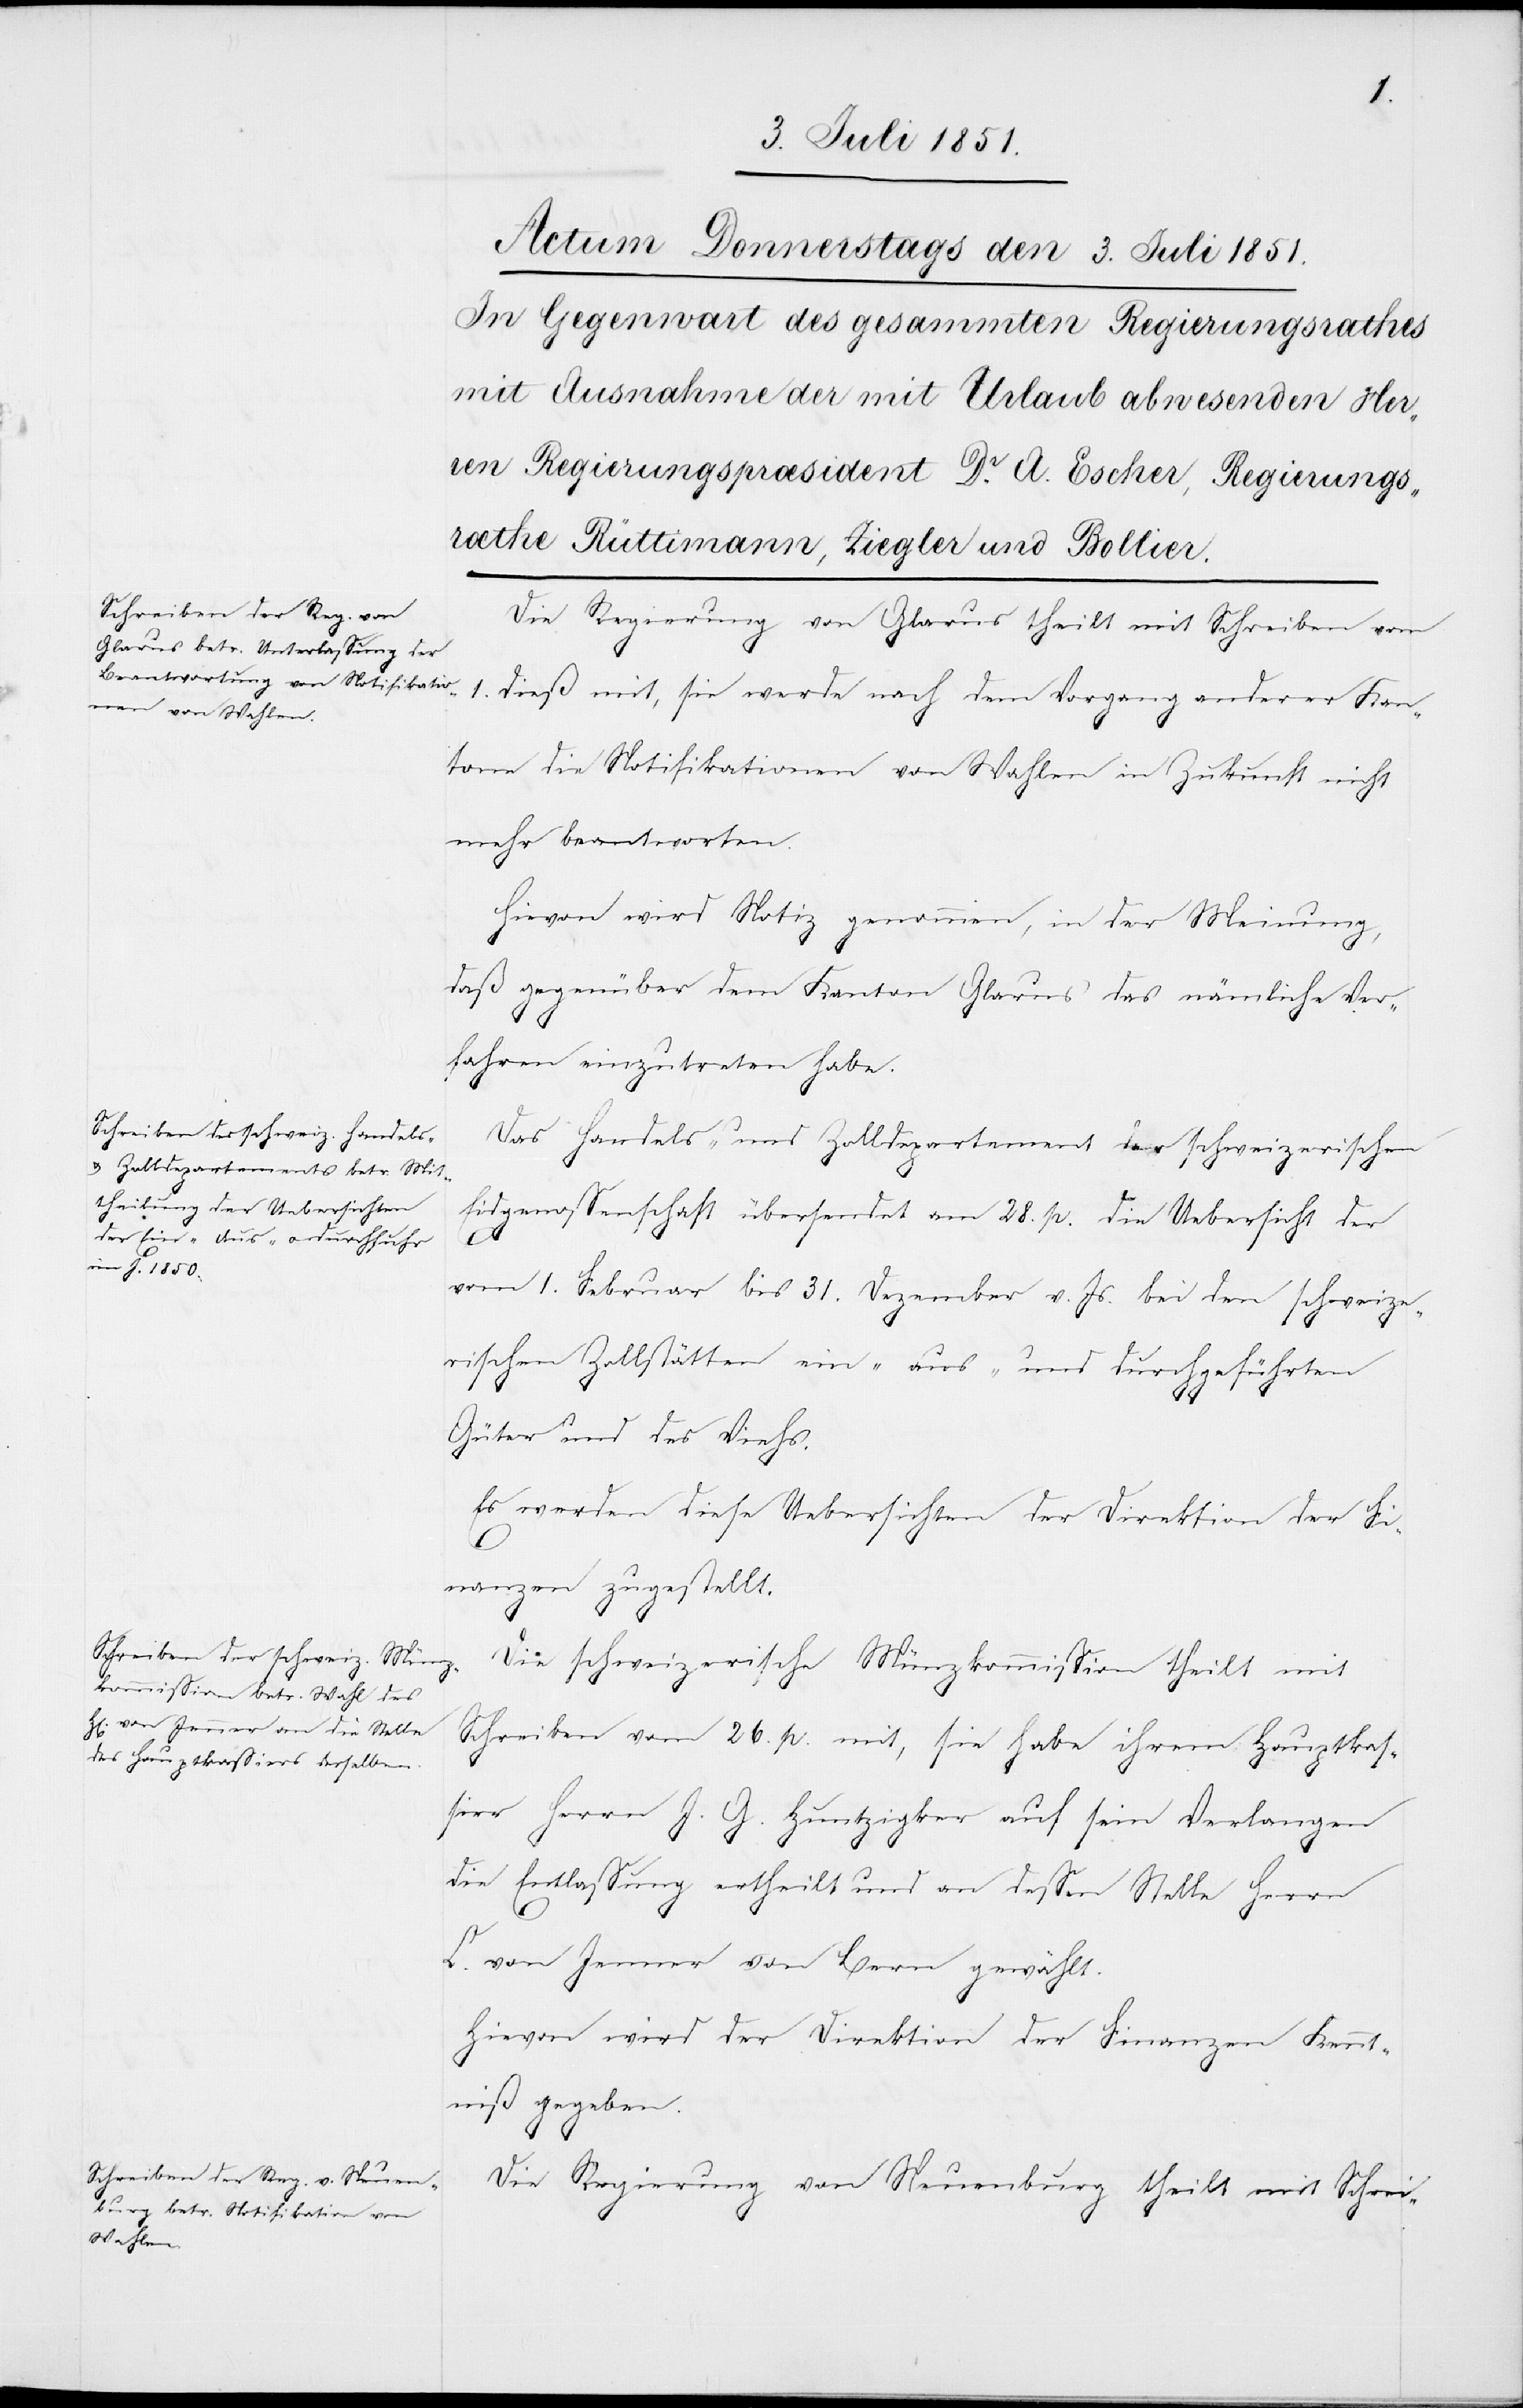
Die Regierung von Glarus theilt mit Schreiben vom
1. dieß mit, sie werde nach dem Vorgang anderer Kan¬
tone die Notifikationen von Wahlen in Zukunft nicht
mehr beantworten.
Hievon wird Notiz genommen, in der Meinung,
daß gegenüber dem Kanton Glarus das nämliche Ver¬
fahren einzutreten habe.
Das Handels- und Zolldepartement der schweizerischen
Eidgenossenschaft übersendet am 28. p. die Uebersicht der
vom 1. Februar bis 31. Dezember v. Js. bei den schweize¬
rischen Zollstätten ein-[,] aus- und durchgeführten
Güter und des Viehs.
Es werden diese Uebersichten der Direktion der Fi¬
nanzen zugestellt.
Die schweizerische Münzkommission theilt mit
Schreiben vom 26. p. mit, sie habe ihrem Hauptkas¬
sier Herrn J. G. Huntzigker auf sein Verlangen
die Entlassung ertheilt und an dessen Stelle Herrn
C. von Jenner von Bern gewählt.
Hievon wird der Direktion der Finanzen Kennt¬
niß gegeben.
Die Regierung von Neuenburg theilt mit Schrei-